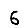
Digit: 6